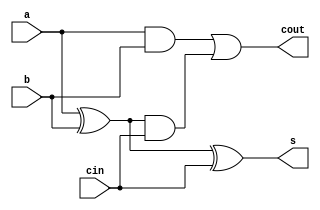
`timescale 1ns / 1ps



module full_adder_structural(a,b,cin,s,cout);

input a,b,cin;
output s,cout;

wire s_temp,c_temp,c_temp_2;

/// half adder 1
xor(s_temp,a,b); 
and(c_temp,a,b);
/// half adder 2
xor(s,s_temp,cin); 
and(c_temp_2,s_temp,cin);
/// full adder
or(cout,c_temp,c_temp_2);

endmodule